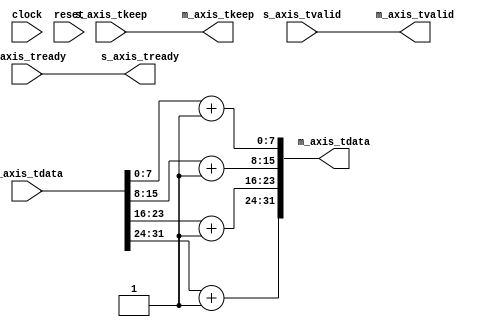
module AxisAddOne(

  (*
    X_INTERFACE_INFO = "xilinx.com:signal:clock:1.0 clock CLK", X_INTERFACE_PARAMETER = "ASSOCIATED_BUSIF M_AXIS:S_AXIS"
     *)
  input         clock,

  (* X_INTERFACE_INFO = "xilinx.com:signal:reset:1.0 reset RST", X_INTERFACE_PARAMETER = "POLARITY ACTIVE_HIGH" *)
  input         reset,

  (* X_INTERFACE_INFO = "xilinx.com:interface:axis:1.0 S_AXIS TDATA", X_INTERFACE_PARAMETER = "CLK_DOMAIN clock" *)
  input  [31:0] s_axis_tdata,

  (* X_INTERFACE_INFO = "xilinx.com:interface:axis:1.0 S_AXIS TVALID" *)
  input         s_axis_tvalid,

  (* X_INTERFACE_INFO = "xilinx.com:interface:axis:1.0 S_AXIS TREADY" *)
  output        s_axis_tready,

  (* X_INTERFACE_INFO = "xilinx.com:interface:axis:1.0 S_AXIS TKEEP" *)
  input  [3:0]  s_axis_tkeep,

  (* X_INTERFACE_INFO = "xilinx.com:interface:axis:1.0 M_AXIS TDATA", X_INTERFACE_PARAMETER = "CLK_DOMAIN clock" *)
  output [31:0] m_axis_tdata,

  (* X_INTERFACE_INFO = "xilinx.com:interface:axis:1.0 M_AXIS TVALID" *)
  output        m_axis_tvalid,

  (* X_INTERFACE_INFO = "xilinx.com:interface:axis:1.0 M_AXIS TREADY" *)
  input         m_axis_tready,

  (* X_INTERFACE_INFO = "xilinx.com:interface:axis:1.0 M_AXIS TKEEP" *)
  output [3:0]  m_axis_tkeep
);
  wire [7:0] data8x4_0 = s_axis_tdata[7:0] + 8'h1; // @[AxisAddOne.scala 12:48]
  wire [7:0] data8x4_1 = s_axis_tdata[15:8] + 8'h1; // @[AxisAddOne.scala 12:48]
  wire [7:0] data8x4_2 = s_axis_tdata[23:16] + 8'h1; // @[AxisAddOne.scala 12:48]
  wire [7:0] data8x4_3 = s_axis_tdata[31:24] + 8'h1; // @[AxisAddOne.scala 12:48]
  wire [15:0] m_axis_tdata_lo = {data8x4_1,data8x4_0}; // @[AxisAddOne.scala 15:27]
  wire [15:0] m_axis_tdata_hi = {data8x4_3,data8x4_2}; // @[AxisAddOne.scala 15:27]
  assign s_axis_tready = m_axis_tready; // @[AxisAddOne.scala 18:17]
  assign m_axis_tdata = {m_axis_tdata_hi,m_axis_tdata_lo}; // @[AxisAddOne.scala 15:27]
  assign m_axis_tvalid = s_axis_tvalid; // @[AxisAddOne.scala 17:17]
  assign m_axis_tkeep = s_axis_tkeep; // @[AxisAddOne.scala 16:16]
endmodule